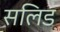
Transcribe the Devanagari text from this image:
सलिड